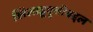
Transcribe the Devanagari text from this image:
खिलाडूवृत्तीबद्दल